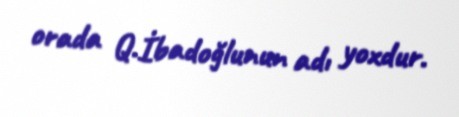
orada Q.İbadoğlunun adı yoxdur.